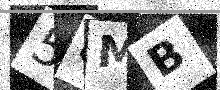
Text: 58MB